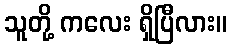
သူတို့ ကလေး ရှိပြီလား။